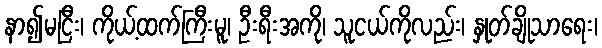
နာ၍မငြီး၊ ကိုယ့်ထက်ကြီးမူ၊ ဦးရီးအကို၊ သူငယ်ကိုလည်း၊ နှုတ်ချိုသာရေး၊